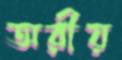
অরীয়